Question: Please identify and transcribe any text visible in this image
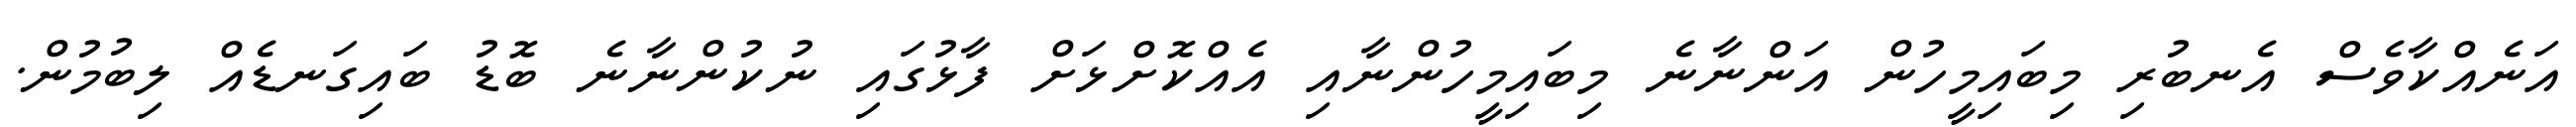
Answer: އަނެއްކާވެސް އެނބުރި މިބައިމީހުން އަންނާނެ މިބައިމީހުންނާއި އެއްކޮށްޅަށް ފާޅުގައި ނުކުންނާނެ ބޮޑު ބައިގަނޑެއް ލިބުމުން.